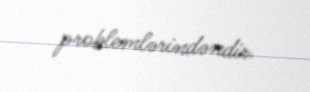
problemlərindəndir.